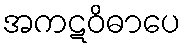
အကဋဝိဓာပေ